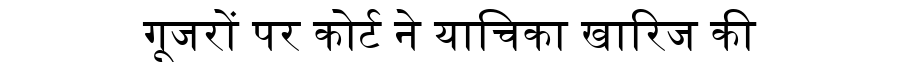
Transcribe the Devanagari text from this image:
गूजरों पर कोर्ट ने याचिका खारिज की